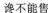
谗不能售